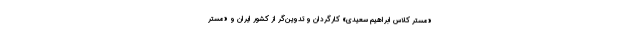
«مستر کلاس ابراهیم سعیدی» کارگردان و تدوین‌گر از کشور ایران و «مستر